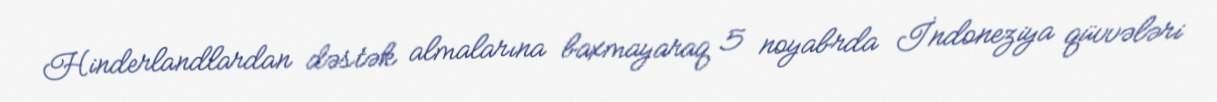
Hinderlandlardan dəstək almalarına baxmayaraq 5 noyabrda İndoneziya qüvvələri